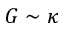
G \sim \kappa